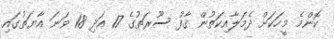
ކޮންމެ މީހަކަށް ދެމަލާއިކަތުން ޤާފު ސޫރަތުގެ 17 އަދި 18 ވަނަ އާޔަތުގައި